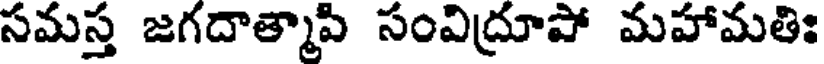
సమస్త జగదాత్మాపి సంవిద్రూపో మహామతిః